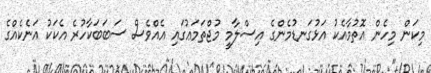
މިކަން މިހެން އޮތުމާއެކު އަޅުގަނޑުމެންގެ އިސްލާމީ މުޖްތަމަޢުގައި އެއްވެސް ސަބަބަކާހުރެ އެކަކު އަނެކެއްގެ